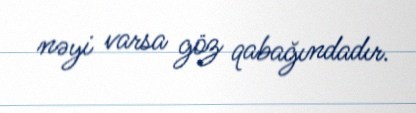
nəyi varsa göz qabağındadır.